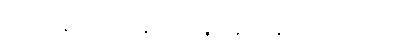
၂၉၂။ နိဝါသန န္တရီယာနျ၊ န္တရမန္တရဝါသကော။